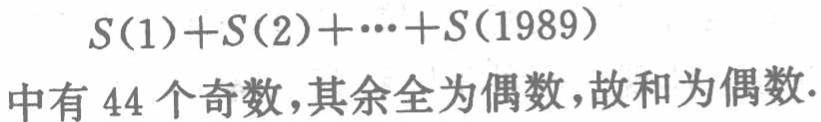
\(S(1)+S(2)+\cdots+S(1989)\)

中有 \(44\) 个奇数,其余全为偶数,故和为偶数.